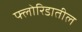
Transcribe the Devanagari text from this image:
फ्लोरिडातील